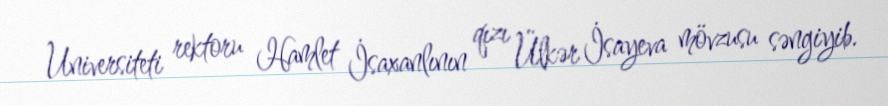
Universiteti rektoru Hamlet İsaxanlının qızı Ülkər İsayeva mövzusu səngiyib.